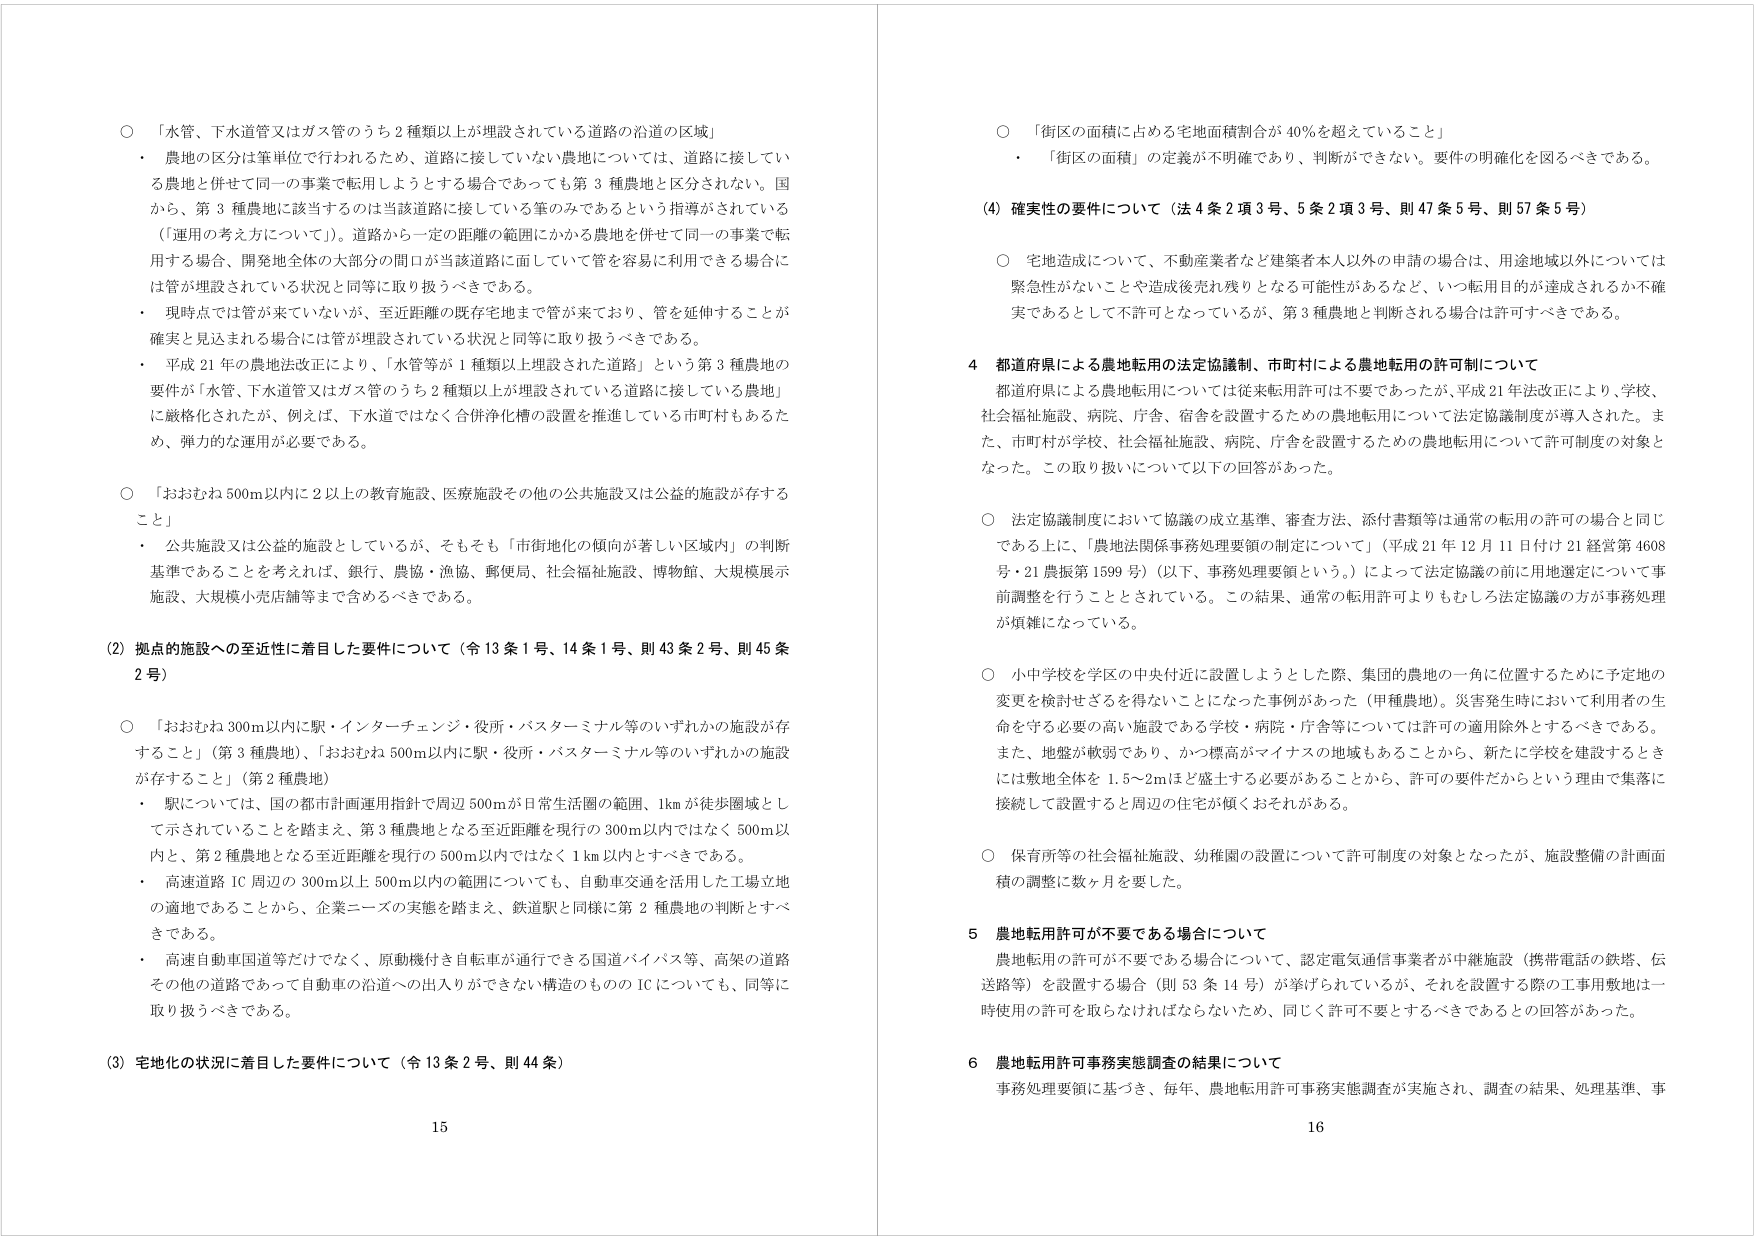
○ 「水管、下水道管又はガス管のうち2種類以上が埋設されている道路の沿道の区域」
・ 農地の区分は筆単位で行われるため、道路に接していない農地については、道路に接している農地と併せて同一の事業で転用しようとする場合であっても第3種農地と区分されない。国から、第3種農地に該当するのは当該道路に接している筆のみであるという指導がされている（「運用の考え方について」）。道路から一定の距離の範囲にかかる農地を併せて同一の事業で転用する場合、開発地全体の大部分の間口が当該道路に面していて管を容易に利用できる場合には管が埋設されている状況と同等に取り扱うべきである。
・ 現時点では管が来ていないが、至近距離の既存宅地まで管が来ており、管を延伸することが確実と見込まれる場合には管が埋設されている状況と同等に取り扱うべきである。
・ 平成21年の農地法改正により、「水管等が1種類以上埋設された道路」という第3種農地の要件が「水管、下水道管又はガス管のうち2種類以上が埋設されている道路に接している農地」に厳格化されたが、例えば、下水道ではなく合併浄化槽の設置を推進している市町村もあるため、弾力的な運用が必要である。

○ 「おおむね500m以内に2以上の教育施設、医療施設その他の公共施設又は公益的施設が存すること」
・ 公共施設又は公益的施設としているが、そもそも「市街地化の傾向が著しい区域内」の判断基準であることを考えれば、銀行・農協・漁協、郵便局、社会福祉施設、博物館、大規模展示施設、大規模小売店舗等まで含めるべきである。

(2) 拠点の施設への至近性に着目した要件について（令13条1号、14条1号、則43条2号、則45条2号）
○ 「おおむね300m以内に駅・インターチェンジ・役所・バスターミナル等のいずれかの施設が存すること」（第3種農地）、「おおむね500m以内に駅・役所・バスターミナル等のいずれかの施設が存すること」（第2種農地）
・ 駅については、国の都市計画運用指針で周辺500mが日常生活圏の範囲、1kmが徒歩圏域として示されていることを踏まえ、第3種農地となる至近距離を現行の300m以内ではなく500m以内と、第2種農地となる至近距離を現行の500m以内ではなく1km以内とすべきである。
・ 高速道路IC周辺の300m以上500m以内の範囲についても、自動車交通を活用した工場立地の適地であることから、企業ニーズの実態を踏まえ、鉄道駅と同様に第2種農地の判断とすべきである。
・ 高速自動車国道等だけでなく、原動機付き自転車が通行できる国道バイパス等、高架の道路その他の道路であって自動車の沿道への出入りができない構造のもののICについても、同等に取り扱うべきである。

(3) 宅地化の状況に着目した要件について（令13条2号、則44条）

○ 「街区の面積に占める宅地面積割合が40％を超えていること」
・ 「街区の面積」の定義が不明確であり、判断ができない。要件の明確化を図るべきである。

(4) 確実性の要件について（法4条2項3号、5条2項3号、則47条5号、則57条5号）
○ 宅地造成について、不動産業者など建築者本人以外の申請の場合は、用途地域以外については緊急性がないことや造成後売れ残りとなる可能性があるなど、いつ転用目的が達成されるか不確実であるとして不許可となっているが、第3種農地と判断される場合は許可すべきである。

4 都道府県による農地転用の法定協議制、市町村による農地転用の許可制について
都道府県による農地転用については従来転用許可は不要であったが、平成21年法改正により、学校、社会福祉施設、病院、庁舎、宿舎を設置するための農地転用について法定協議制度が導入された。また、市町村が学校、社会福祉施設、病院、庁舎を設置するための農地転用について許可制度の対象となった。この取り扱いについて以下の回答があった。

○ 法定協議制度において協議の成立基準、審査方法、添付書類等は通常の転用の許可の場合と同じである上に、「農地法関係事務処理要領の制定について」（平成21年12月11日付け21経営第4608号・21農振第1599号）（以下、事務処理要領という。）によって法定協議の前に用地選定について事前調整を行うこととされている。この結果、通常の転用許可よりもむしろ法定協議の方が事務処理が煩雑になっている。

○ 小中学校を学区の中央付近に設置しようとした際、集団の農地の一角に位置するために予定地の変更を検討せざるを得ないことになった事例があった（甲種農地）。災害発生時において利用者の生命を守る必要の高い施設である学校・病院・庁舎等については許可の適用除外とするべきである。また、地盤が軟弱であり、かつ標高がマイナスの地域もあることから、新たに学校を建設するときには敷地全体を1.5～2mほど盛土する必要があることから、許可の要件だからという理由で集落に接続して設置すると周辺の住宅が傾くおそれがある。

○ 保育所等の社会福祉施設、幼稚園の設置について許可制度の対象となったが、施設整備の計画面積の調整に数ヶ月を要した。

5 農地転用許可が不要である場合について
農地転用の許可が不要である場合について、認定電気通信事業者が中継施設（携帯電話の鉄塔、伝送路等）を設置する場合（則53条14号）が挙げられているが、それを設置する際の工事用敷地は一時使用の許可を取らなければならないため、同じく許可不要とするべきであるとの回答があった。

6 農地転用許可事務実態調査の結果について
事務処理要領に基づき、毎年、農地転用許可事務実態調査が実施され、調査の結果、処理基準、事

15
16